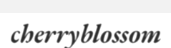
cherryblossom